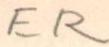
ER